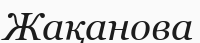
Жақанова